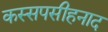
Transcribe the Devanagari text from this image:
कस्सपसीहनाद